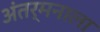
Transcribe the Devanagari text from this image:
अंतर्मनाला